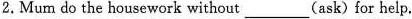
2. Mum do the housework without_-(ask) for help.